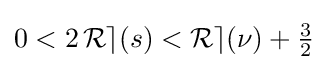
{\textstyle 0<2\operatorname {\mathcal {Re}} (s)<\operatorname {\mathcal {Re}} (\nu )+{\tfrac {3}{2}}}